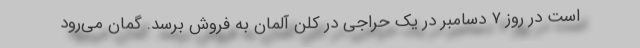
است در روز ۷ دسامبر در یک حراجی در کلن آلمان به فروش برسد. گمان می‌رود